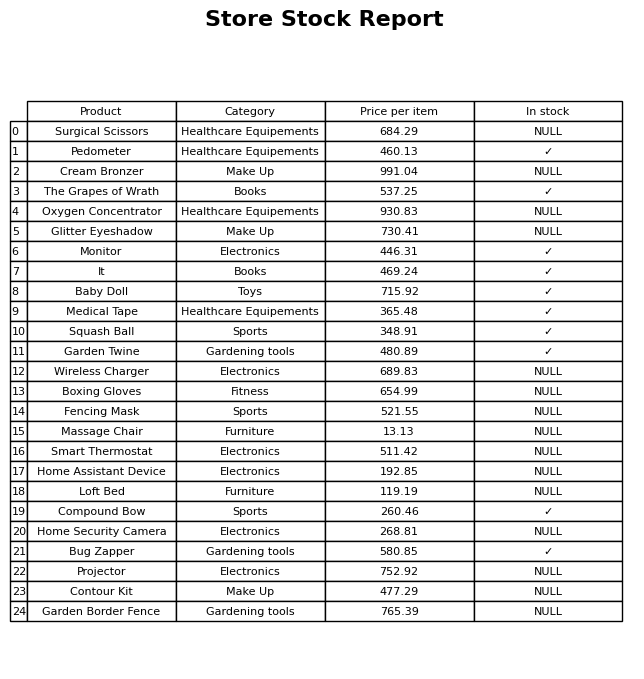
question: What is the price for Garden Border Fence?
answer: The price of Garden Border Fence is 765.39.